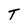
Character: T